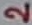
Text: 2